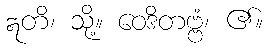
ဣတိ၊ သို့။ ဝေဒိတဗ္ဗံ၊ ၏။